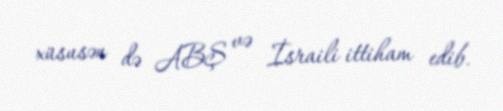
xüsusən də ABŞ və İsraili ittiham edib.